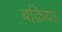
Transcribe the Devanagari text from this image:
बक़िया